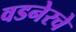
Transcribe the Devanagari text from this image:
वडनेरचे